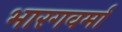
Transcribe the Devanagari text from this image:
भारगवर्मा